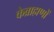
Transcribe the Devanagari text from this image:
केब्राह्मणों